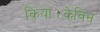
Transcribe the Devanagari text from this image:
किया।केविन